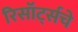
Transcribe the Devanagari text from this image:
रिसॉर्ट्सचे